Document type: Sale
Year: 1440
Scribe: Pere Pau Pujades
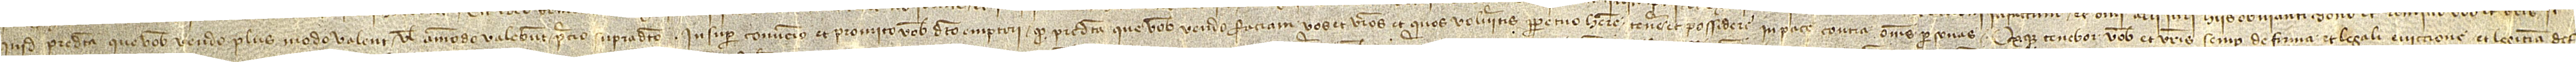
quid predicta que vobis vendo plus modo valent vel ammodo valebunt precio supradicto. Insuper convenio et promito vobis dicto emptori quod predicta que vobis vendo faciam vos et vestros et quos volueritis perpetuo habere, tenere et possidere in pace contra omnes personas. Quodque tenebor vobis et vestris semper de firma et legali eviccione et legitima def-